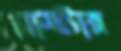
গ্লাসটার